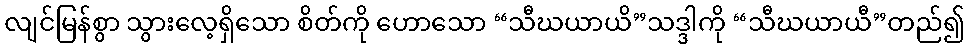
လျင်မြန်စွာ သွားလေ့ရှိသော စိတ်ကို ဟောသော “သီဃယာယိ”သဒ္ဒါကို “သီဃယာယီ”တည်၍